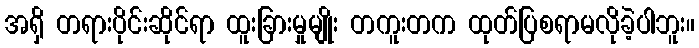
အရှိ တရားပိုင်းဆိုင်ရာ ထူးခြားမှုမျိုး တကူးတက ထုတ်ပြစရာမလိုခဲ့ပါဘူး။